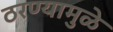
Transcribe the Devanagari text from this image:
ठरण्यामुळे